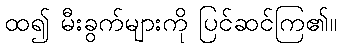
ထ၍ မီးခွက်များကို ပြင်ဆင်ကြ၏။